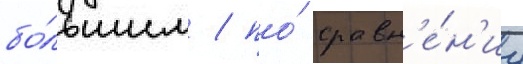
бо́льшим / по́ сравн'е́н'иу